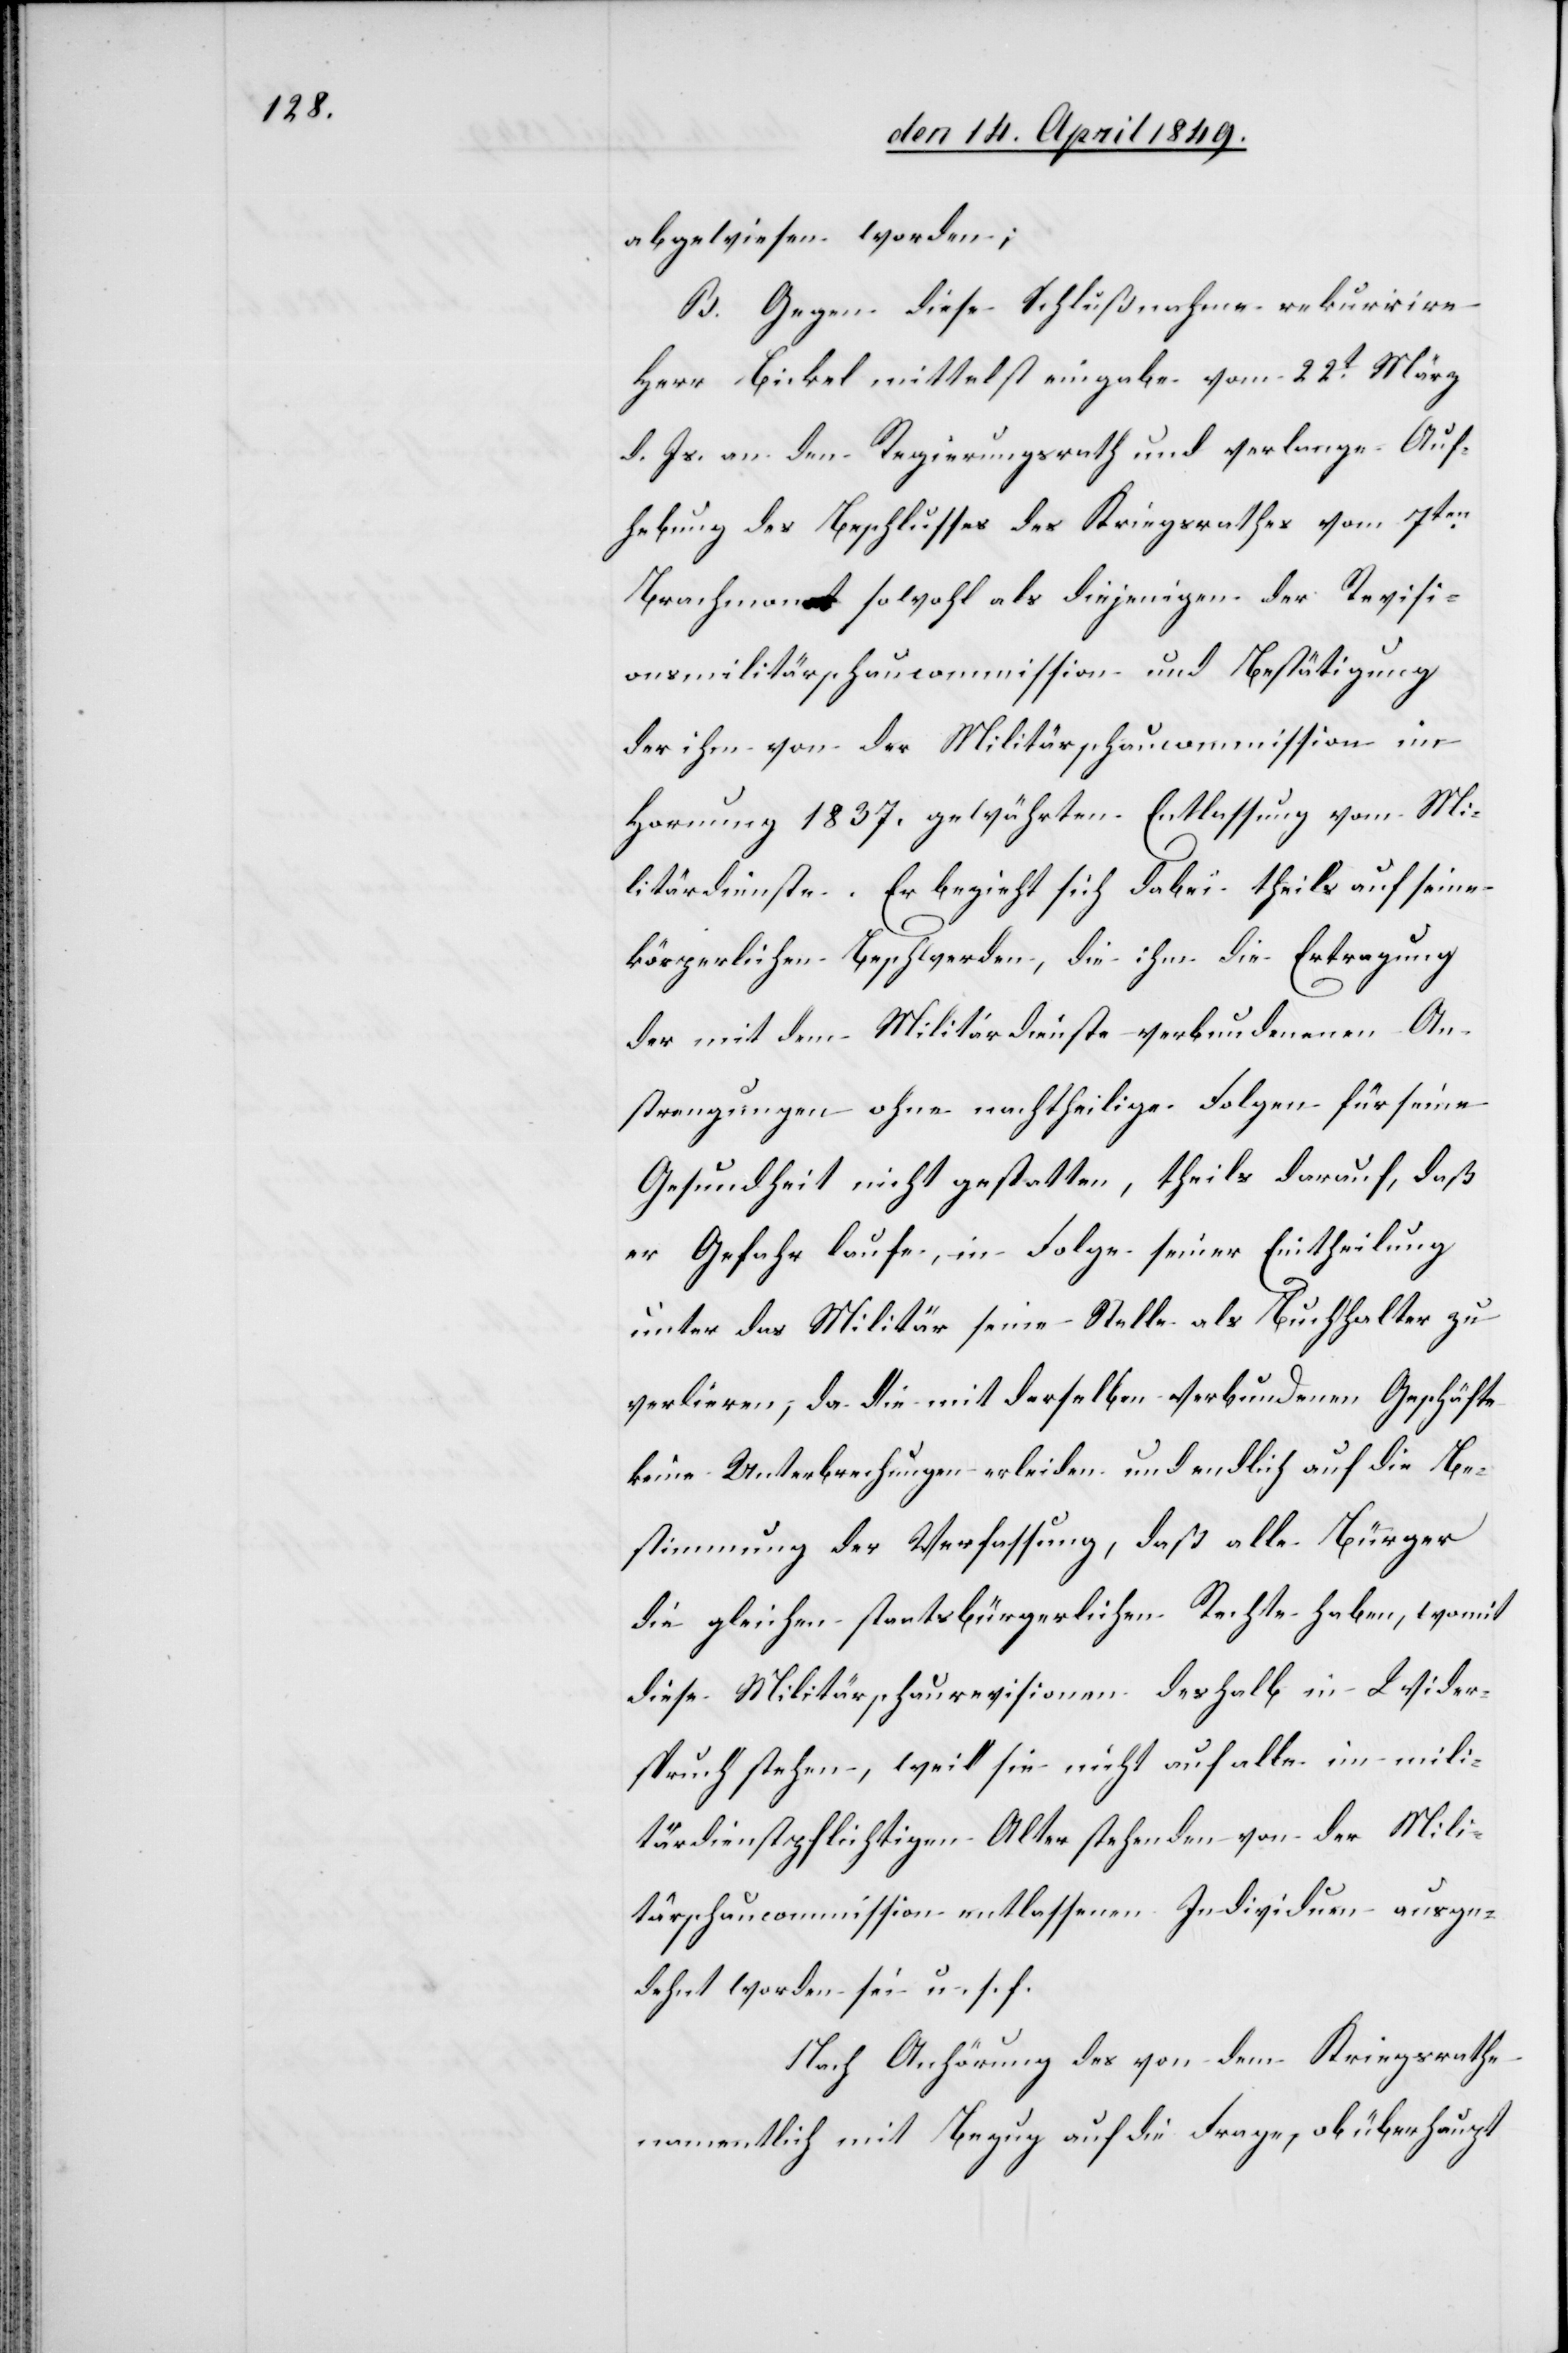
abgewiesen worden;
B. Gegen diese Schlußnahme rekurrire
Herr Bickel mittelst eingabe [sic!] vom 22t März
d. Js. an den Regierungsrath und verlange Auf¬
hebung des Beschlusses des Kriegsrathes vom 7ten
Brachmonat sowohl als diejenigen der Revisi¬
onsmilitärschaucommission und Bestätigung
der ihm von der Militärschaucommission im
Hornung 1837. gewährten Entlassung vom Mi¬
litärdienste. Er bezieht sich dabei theils auf seine
bürgerlichen Beschwerden, die ihm die Ertragung
der mit dem Militärdienste verbundenen An¬
strengungen ohne nachtheilige Folgen für seine
Gesundheit nicht gestatten, theils darauf, daß
er Gefahr laufe, in Folge seiner Eintheilung
unter das Militär seine Stelle als Buchhalter zu
verlieren, da die mit derselben verbundenen Geschäfte
keine Unterbrechungen erleiden und endlich auf die Be¬
stimmung der Verfassung, daß alle Bürger
die gleichen staatsbürgerlichen Rechte haben, womit
diese Militärschaurevisionen deshalb in Wider¬
spruch stehen, weil sie nicht auf alle im mili¬
tärdienstpflichtigen Alter stehenden von der Mili¬
tärschaucommission entlassenen Individuen ausge¬
dehnt worden sei u. s. f.
Nach Anhörung des von dem Kriegsrathe
namentlich mit Bezug auf die Frage, ob überhaupt